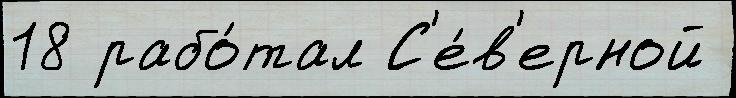
18 рабо́тал С'е́в'ерной